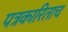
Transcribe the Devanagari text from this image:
पत्रकारिताच